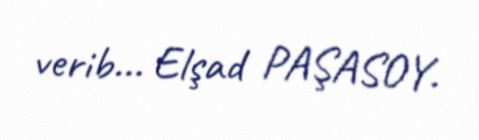
verib... Elşad PAŞASOY.